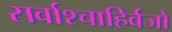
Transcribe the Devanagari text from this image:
सर्वाश्चाहिर्वजो